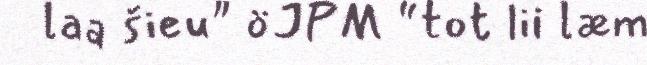
laa šieu" öJPM “tot lii læm